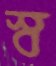
স্ব